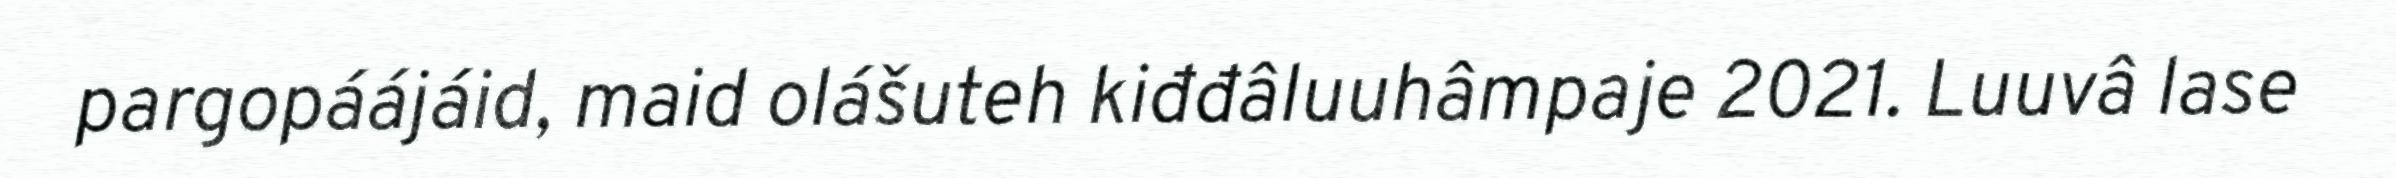
pargopáájáid, maid olášuteh kiđđâluuhâmpaje 2021. Luuvâ lase